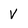
Character: V